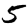
Digit: 5